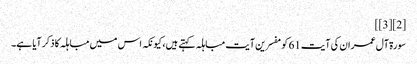
[2][3]]
سورۃ آل عمران کی آیت 61 کو مفسرین آیت مباہلہ کہتے ہیں، کیونکہ اس میں مباہلہ کا ذکر آیا ہے۔